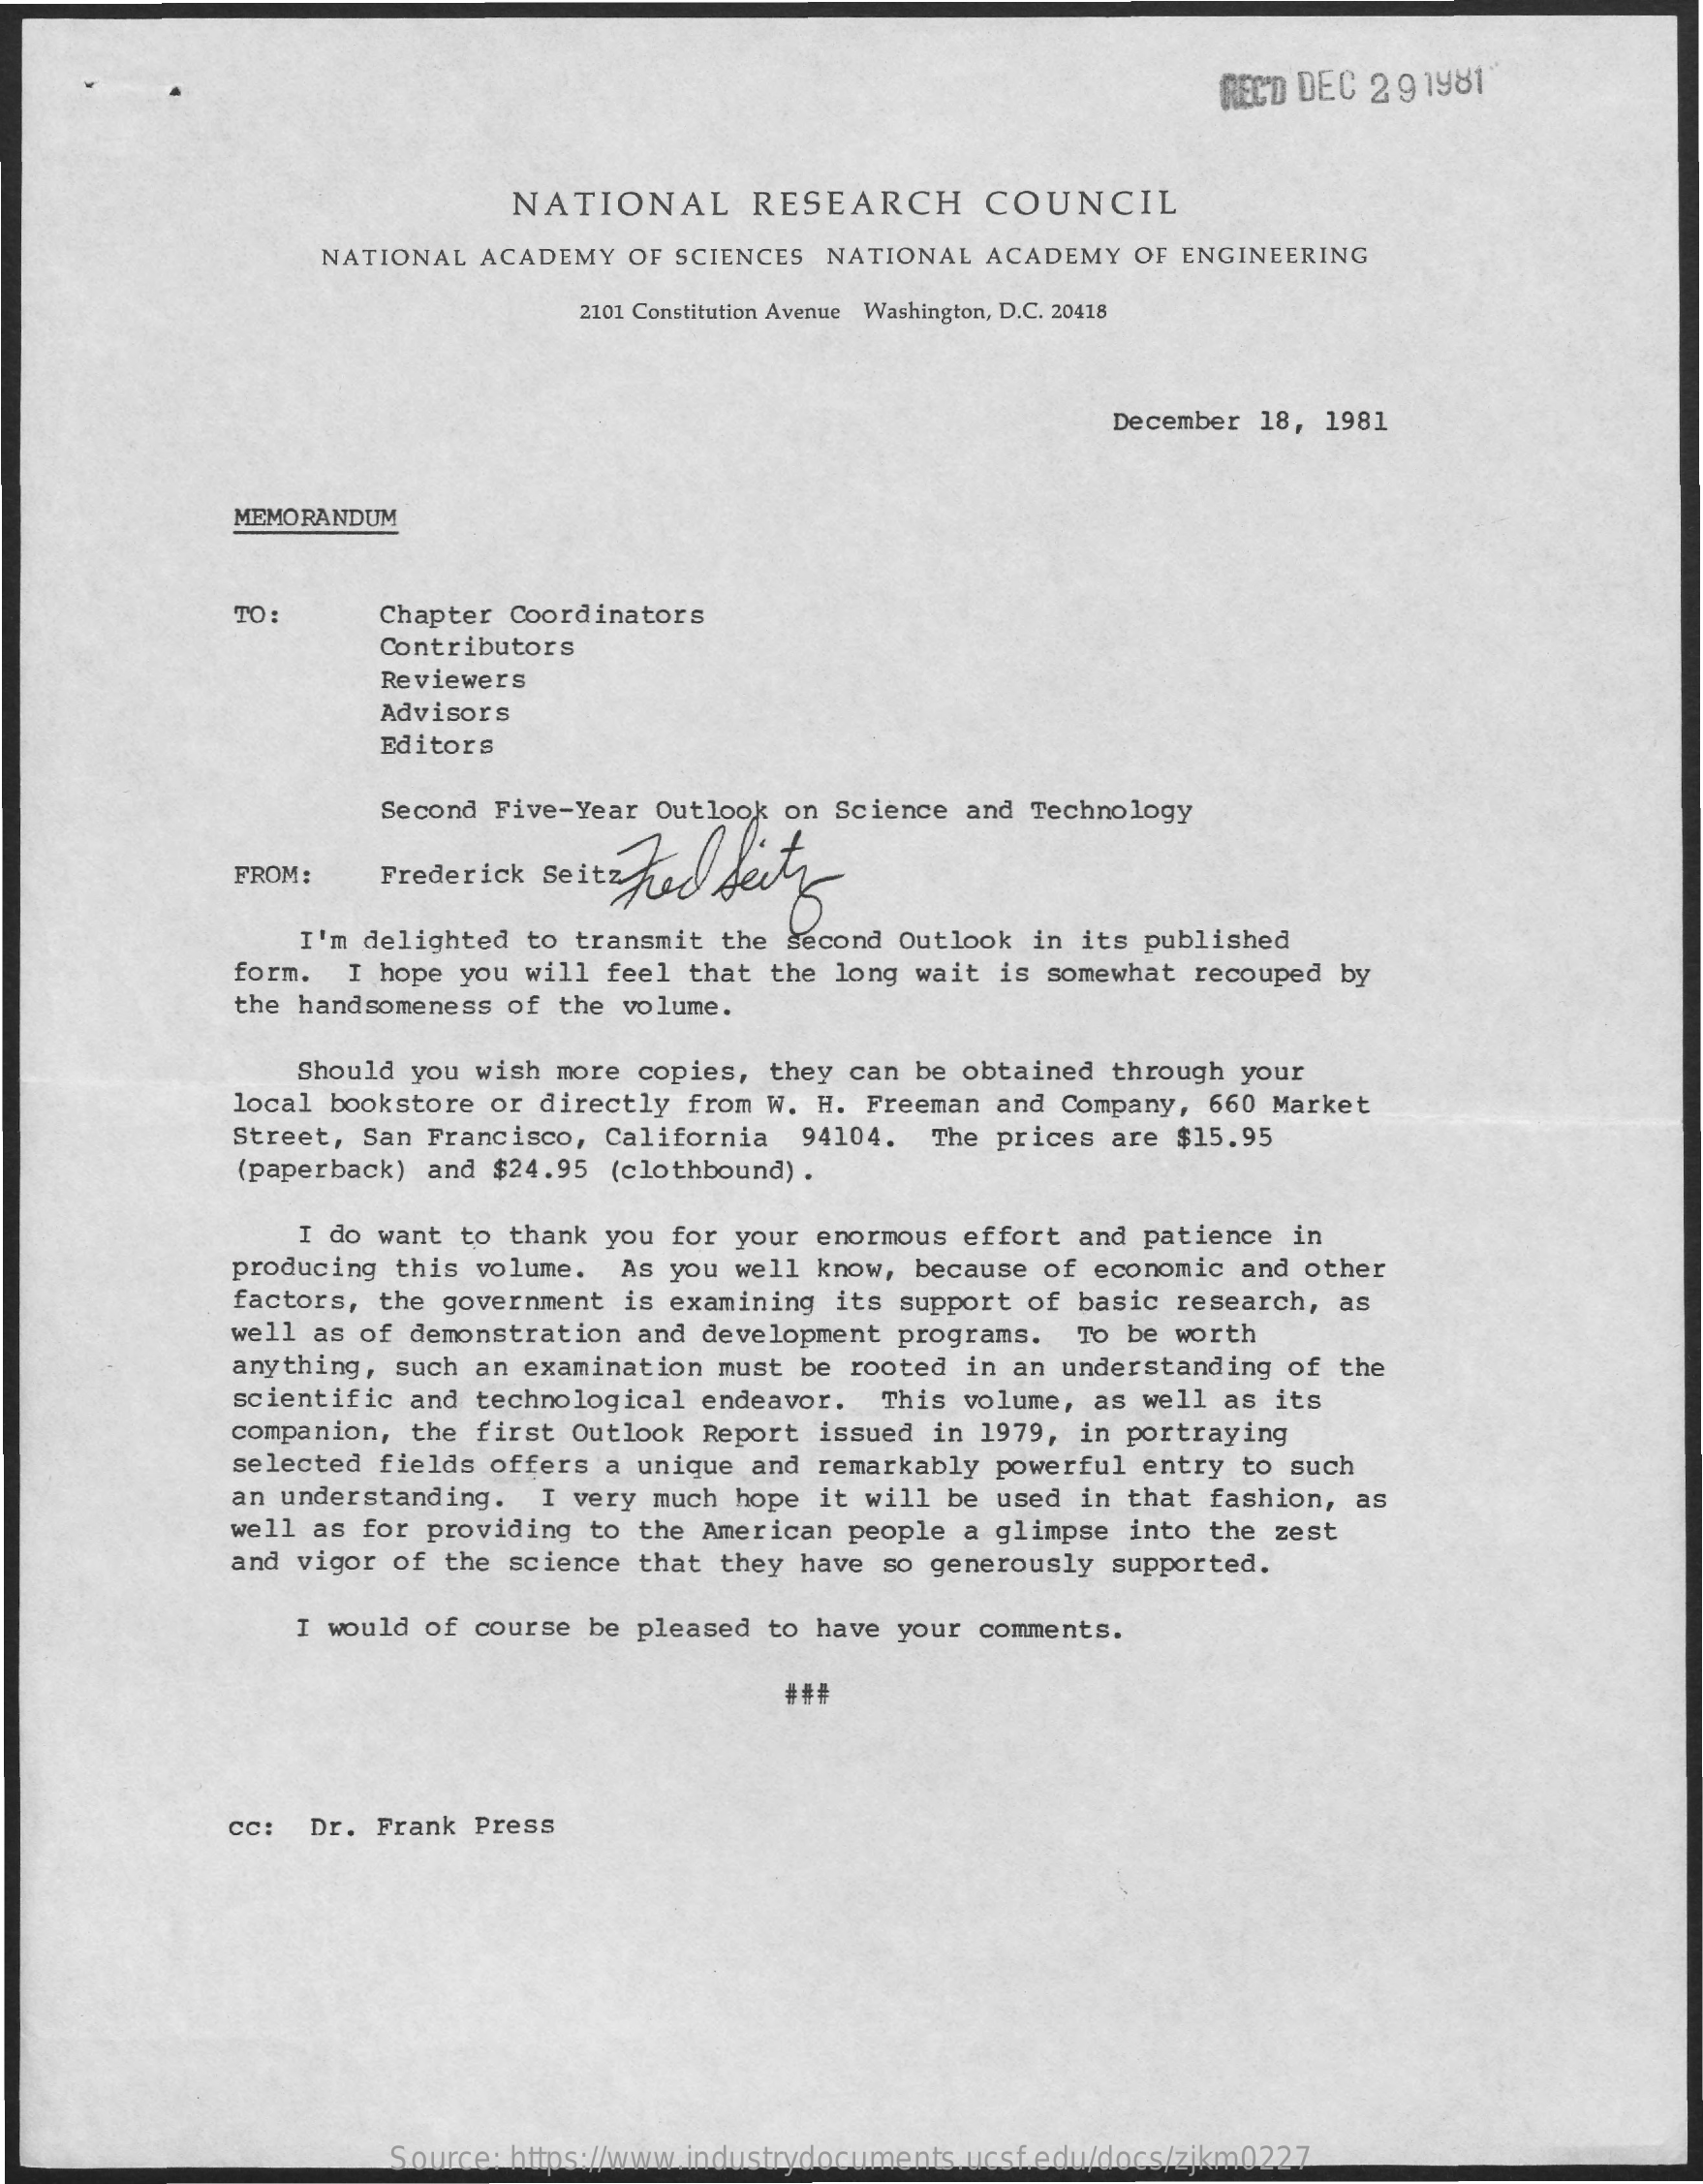
REC'D DEC 2 9 1981
     NATIONAL    RESEARCH    COUNCIL
     NATIONAL ACADEMY OF SCIENCES NATIONAL ACADEMY OF ENGINEERING
     2101 Constitution Avenue Washington, D.C. 20418
     December 18, 1981
     MEMORANDUM
     TO:    Chapter Coordinators
     Contributors
     Reviewers
     Advisors
     Editors
     Second Five-Year Outlook on Science and Technology
     Frederick seitz hed Secty FROM:
     I'm delighted to transmit the second Outlook in its published
     form. I hope you will feel that the long wait is somewhat recouped by
     the handsomeness of the volume.
     Should you wish more copies, they can be obtained through your
     local bookstore or directly from W. H. Freeman and Company, 660 Market
     Street, San Francisco, California 94104.
     (paperback) and $24.95 (clothbound) .
     The prices are $15.95
     I do want to thank you for your enormous effort and patience in
     producing this volume. As you well know, because of economic and other
     factors, the government is examining its support of basic research, as
     well as of demonstration and development programs. To be worth
     anything, such an examination must be rooted in an understanding of the
     scientific and technological endeavor. This volume, as well as its
     companion, the first Outlook Report issued in 1979, in portraying
     selected fields offers a unique and remarkably powerful entry to such
     an understanding. I very much hope it will be used in that fashion, as
     well as for providing to the American people a glimpse into the zest
     and vigor of the science that they have so generously supported.
     I would of course be pleased to have your comments.
     c: Dr. Frank Press
     Source: https://www.industrydocuments.ucsf.edu/docs/zjkm0227